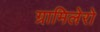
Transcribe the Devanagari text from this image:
ग्रामिलेरो